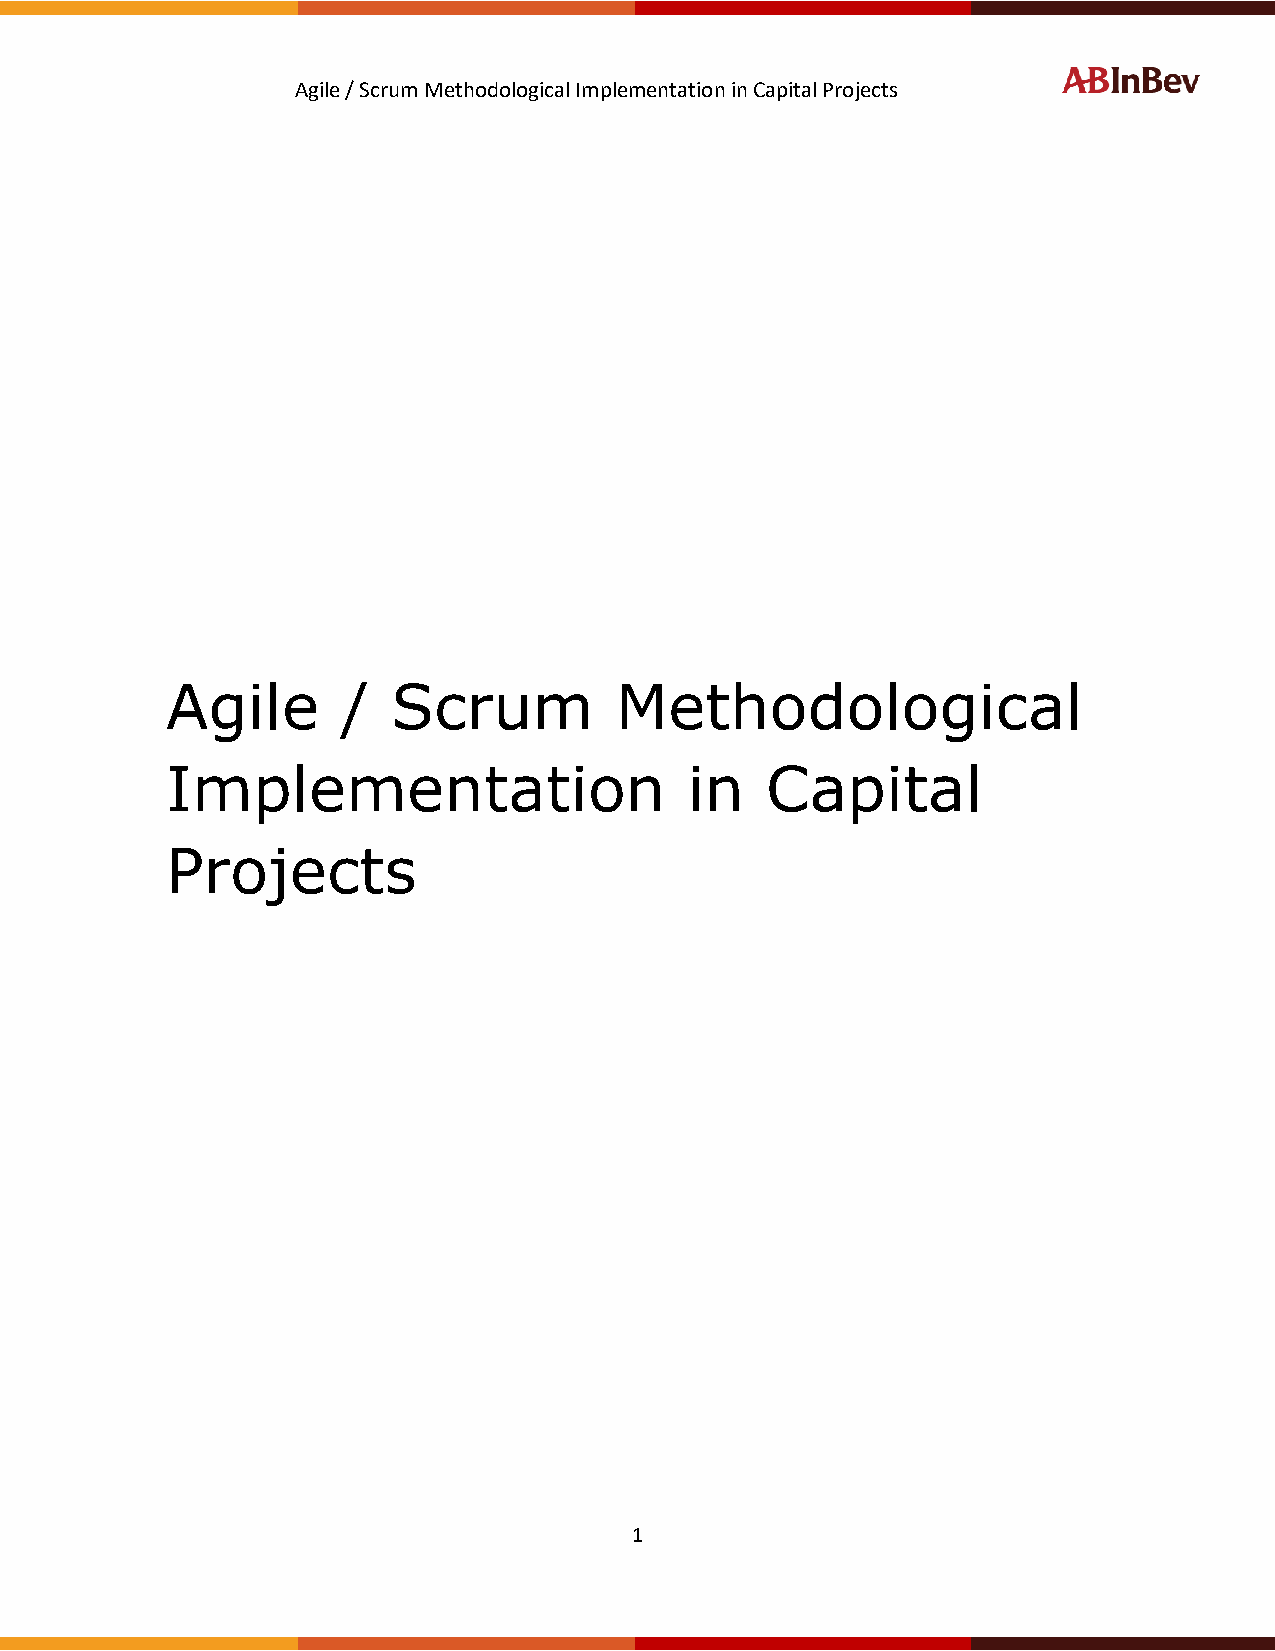
Agile / Scrum Methodological Implementation in Capital Projects
 Agile       /  Scrum          Methodological
 Implementation                    in    Capital
 Projects
 1